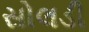
સોલડી